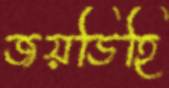
জয়ডিহি